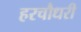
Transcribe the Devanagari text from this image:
हरचौधरी